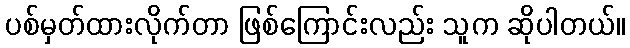
ပစ်မှတ်ထားလိုက်တာ ဖြစ်ကြောင်းလည်း သူက ဆိုပါတယ်။